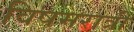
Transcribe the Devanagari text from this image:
विषमरात्री